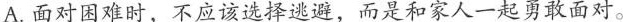
A.面对困难时，不应该选择逃避，而是和家人一起勇敢面对。